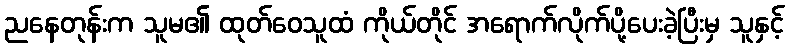
ညနေတုန်းက သူမ၏ ထုတ်ဝေသူထံ ကိုယ်တိုင် အရောက်လိုက်ပို့ပေးခဲ့ပြီးမှ သူနှင့်